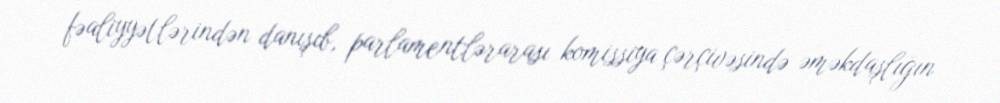
fəaliyyətlərindən danışıb, parlamentlərarası komissiya çərçivəsində əməkdaşlığın